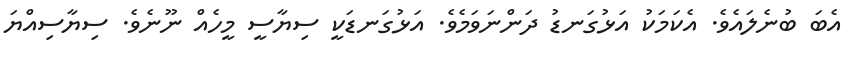
އެބަ ބުނެލައެވެ. އެކަމަކު އަޅުގަނޑު ދަންނަވަމެވެ. އަޅުގަނޑަކީ ސިޔާސީ މީހެއް ނޫނެވެ. ސިޔާސިއްޔަ